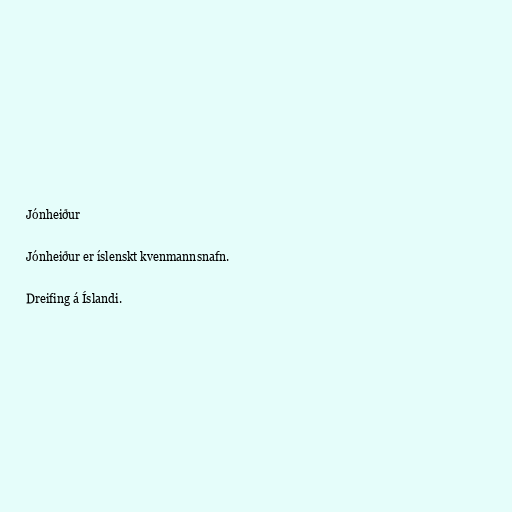
Jónheiður

Jónheiður er íslenskt kvenmannsnafn.

Dreifing á Íslandi.